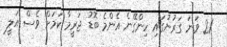
21 ވަނަ ގަރުނުގައި ހިންގޭނެ އެންމެ ބޮޑު ޖަރީމާ ކަމަށް ވެސް އަލީ